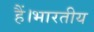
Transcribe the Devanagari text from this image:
हैं।भारतीय